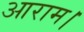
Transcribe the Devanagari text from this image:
आराम।